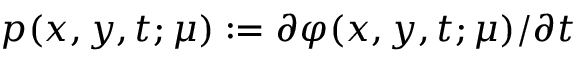
p ( x , y , t ; \mu ) : = \partial \varphi ( x , y , t ; \mu ) / \partial t